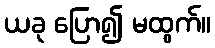
ယခု ပြော၍ မထွက်။